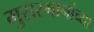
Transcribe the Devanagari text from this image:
मुसरमानांच्या